Vaccination in Bombay 1869-1873 - 1869-1873
Year: 1869
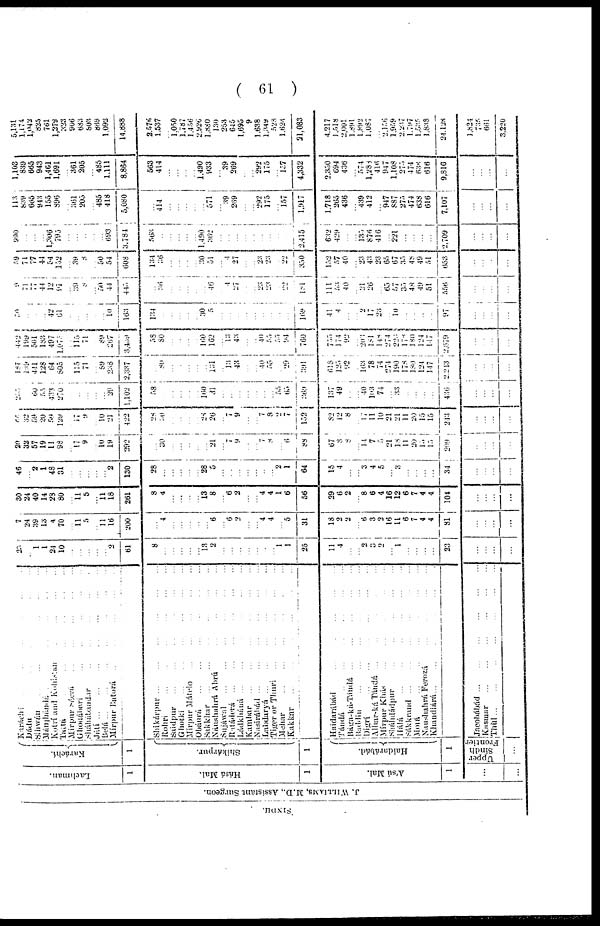
( 61 )
SINDH.
J. WILLIAMS, M.D., Assistant Surgeon.
Lachman.
1
Hásá Mal.
1
Ású Mal.
1
...
...
Karachí.
1
Shikárpur.
1
Haidarábád.
1
Upper
Sindh
Frontier
...
Karáchí ... ... ... ... ...
Dádu ... ... ... ... ...
Sihwán ... ... ... ... ...
Mánjhándá
...
...
...
...
...
Kotrí and Kohistan
...
...
...
...
Tantá
...
...
...
...
Mírpur Sácra
...
...
...
...
Ghodábari ... ... ... ...
Sháhábandar ... ... ... ...
Játí
...
...
...
...
...
Belá
...
...
...
...
...
Mírpur Batorá
...
...
...
...
Shikárpur ... ... ... ... ...
Rohri
...
...
...
...
Saidpur ... ... ... ...
Ghotki
...
...
...
...
...
Mírpur Mátelo
...
...
...
...
Obáurá
...
...
...
...
Sakkhar ... ... ... ... ...
Náushahrá
Abrú ... ... ... ... ...
Sujáwal
...
...
...
...
...
Ratáderá
...
...
...
...
...
...
Ládkháná ... ... ... ... ... ...
Kambar
...
...
...
...
...
...
...
Nasirábád
...
...
...
...
...
...
Labdaryá ... ... ... ... ... ...
Tiger or Thuri
...
...
...
...
...
Mehar
...
...
...
...
Kakkar
...
...
...
...
...
Haidarábád ... ... ... ...
Tándá ... ... ... ... ... ...
Bága-ká-Tándá
...
...
...
...
Baddin
...
...
...
...
...
Digrí
...
...
...
...
...
Alhar-ká Tándá ... ... ... ... ...
Mírpur Khás ... ... ... ... ...
Sháhdádpur
...
...
...
...
Hálá
...
...
...
...
...
Sákkrand
...
...
...
...
...
Morá
...
...
...
...
Naushahrá Ferozá
...
...
...
...
Khandiárá ... ... ... ... ...
Jacobábád
...
...
...
...
...
Kasmar
...
...
...
...
...
Thùl
...
...
...
...
...
...
23
...
1
1
24
10
...
...
...
...
...
2
61
8
...
...
...
...
...
13
2
...
...
...
...
...
...
... 1
1
25
11 4
...
... 2
3
2
...
1
...
...
...
...
23
...
...
...
...
7
24
39
13
4
70
...
11
5
...
11
16
200
...
4
...
...
...
...
...
6
...
6
2
...
... 4
4
... 5
31
18
2
2
... 6
3
2
16
11
6
7
4
4
81
...
...
...
...
30
24
40
14
28
80
...
11
5
...
11
18
261
8
4
...
...
...
...
13
8
...
6
2
...
... 4
4
1
6
56
29
6
2
... 8
6
4
16
12
6
7
4
4
104
...
...
...
...
46
...
2
1
48
31
...
...
...
...
...
2
130
28
...
...
...
...
...
28
5
...
...
...
...
...
...
... 2
1
64
15
4
...
... 3
4
5
... 3
...
...
...
...
34
...
...
...
...
20
32
57
19
11
98
...
17
9
...
10
19
292
...
30
...
...
...
...
...
21
... 7
9
...
... 7
8
...
6
88
67
8
8
... 14
7
5
21
18
11
20
15
15
209
...
...
...
...
66
32
59
20
59
129
...
17
9
...
10
21
422
28
30
...
...
...
...
28
26
...
7
9
...
... 7
8
2
7
152
82
12
8
...
17
11
10
21
21
11
20
15
15
243
...
...
...
...
255
...
60
55
433
270
...
...
...
...
...
29
1,102
58
...
...
...
...
...
160
31
...
...
...
...
...
... ... 55
65
369
137
49
...
... 40
103
74
... 33
...
...
...
...
436
...
...
...
...
187
199
441
128
64
805
...
115
71
...
89
238
2,337
...
80
...
...
...
...
...
131
...
13
43
...
... 40
55
... 29
391
618
125
92
... 163
78
74
274
190
178
180
124
147
2,243
...
...
...
...
442
199
501
183
497
1,075
...
115
71
...
89
267
3,439
58
80
...
...
...
...
160
162
...
13
43
...
... 40
55
55
94
760
755
174
92
... 203
181
148
274
223
178
180
124
147
2,679
...
...
...
...
50
...
...
...
42
61
...
...
...
...
...
10
163
134
...
...
...
...
...
30
5
...
...
...
...
...
...
...
...
...
169
41
4
...
... 2
17
23
... 10
...
... ...
...
97
...
...
...
...
9
71
77
44
12
91
...
39
8
...
50
44
445
...
36
...
...
...
...
...
46
...
4
27
...
... 23
23
... 22
181
111
53
40
... 21
26
... 65
57
35
48
49
51
556
...
...
...
...
59
71
77
44
54
152
...
39
8
...
50
54
608
134
36
...
...
...
...
30
51
...
4
27
...
...
23
23
...
22
350
152
57
40
... 23
43
23
65
67
35
48
49
51
653
...
...
...
...
990
...
...
...
1,306
795
...
...
...
...
...
693
3,784
563
...
...
...
...
...
1,490
362
...
...
...
...
...
...
...
...
...
2,415
632
429
...
... 135
876
416
... 221
...
...
...
...
2,709
...
...
...
...
113
839
665
943
155
896
...
361
205
...
485
418
5,080
...
414
...
...
...
...
...
571
...
39
269
...
... 292
175
...
157
1,917
1,718
265
436
... 439
412
... 947
887
275
474
638
616
7,107
...
...
...
...
1,103
839
665
943
1,461
1,691
...
361
205
...
485
1,111
8,864
563
414
...
...
...
...
1,490
933
... 39
269
...
... 292
175
... 157
4,332
2,350
694
436
... 574
1,288
416
947
1,108
275
474
638
616
9,816
...
...
...
...
5,131
1,174
1,042
825
761
1,279
323
906
633
803
869
1,092
14,888
2,576
1,537
...
1,050
1,787
1,456
2,926
1,880
130
253
645
1,695
9
1,638
1,349
528
1,624
21,083
4,217
1,518
2,001
1,891
1,892
1,087
... 2,156
1,959
2,237
1,797
1,535
1,838
24,128
1,824
735
661
3,220